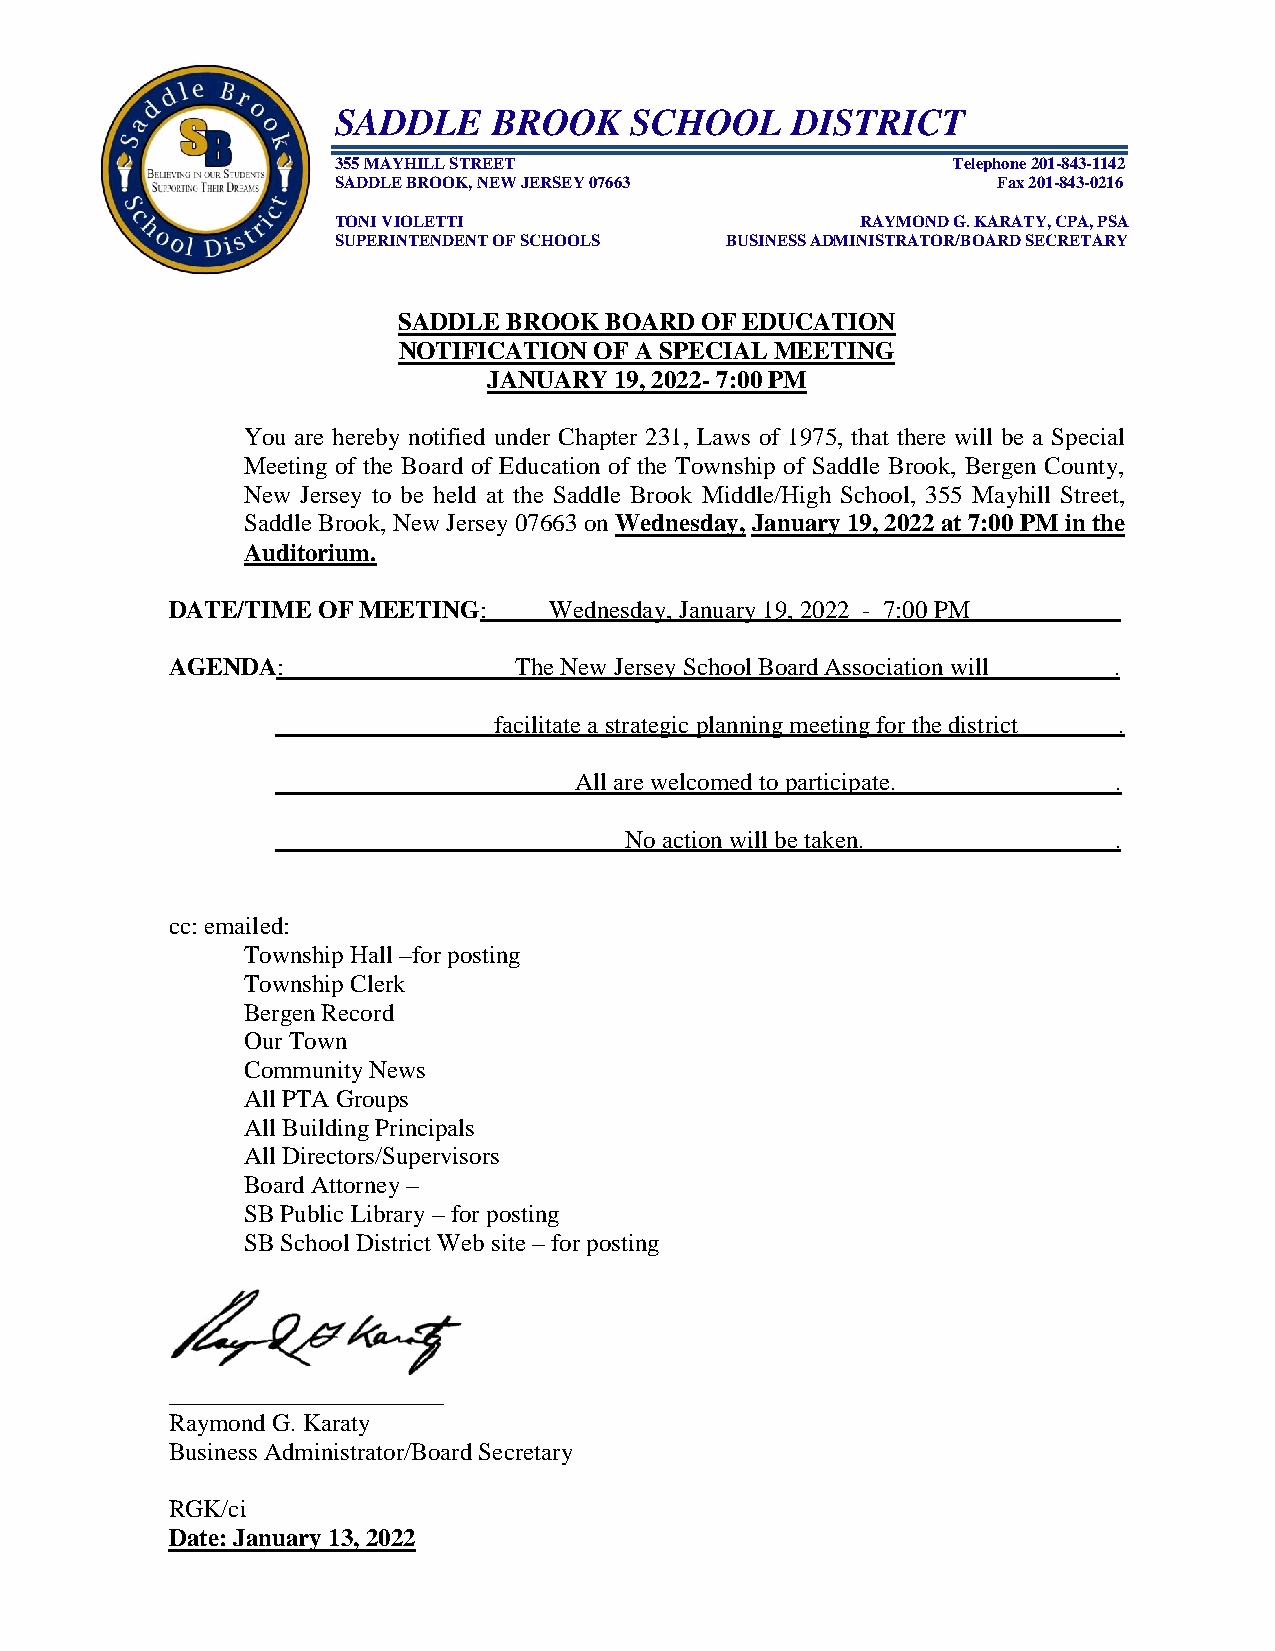
SADDLE     BROOK    SCHOOL    DISTRICT
 355 MAYHILL STREET                       Telephone 201-843-1142
 SADDLE BROOK, NEW JERSEY 07663              Fax 201-843-0216
 TONI VIOLETTI                      RAYMOND G. KARATY, CPA, PSA
 SUPERINTENDENT OF SCHOOLS BUSINESS ADMINISTRATOR/BOARD SECRETARY
 SADDLE  BROOK BOARD OF EDUCATION
 NOTIFICATION OF A SPECIAL MEETING
 JANUARY  19, 2022- 7:00 PM
 You are hereby notified under Chapter 231, Laws of 1975, that there will be a Special
 Meeting of the Board of Education of the Township of Saddle Brook, Bergen County,
 New Jersey to be held at the Saddle Brook Middle/High School, 355 Mayhill Street,
 Saddle Brook, New Jersey 07663 on Wednesday, January 19, 2022 at 7:00 PM in the
 Auditorium.
 DATE/TIME OF MEETING:    Wednesday, January 19, 2022_- 7:00 PM____________
 AGENDA:                The New Jersey School Board Association will .
 facilitate a strategic planning meeting for the district .
 All are welcomed to participate.    .
 _ _                 No action will be taken.         .
 cc: emailed:
 Township Hall –for posting
 Township Clerk
 Bergen Record
 Our Town
 Community News
 All PTA Groups
 All Building Principals
 All Directors/Supervisors
 Board Attorney –
 SB Public Library – for posting
 SB School District Web site – for posting
 ______________________
 Raymond G. Karaty
 Business Administrator/Board Secretary
 RGK/ci
 Date: January 13, 2022